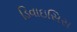
ડિવાઇસિસ